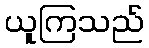
ယူကြသည်